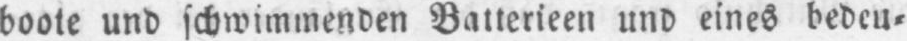
boote und schwimmenden Batterieen und eines bedeu⸗